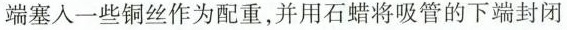
端塞入一些铜丝作为配重，并用石蜡将吸管的下端封闭